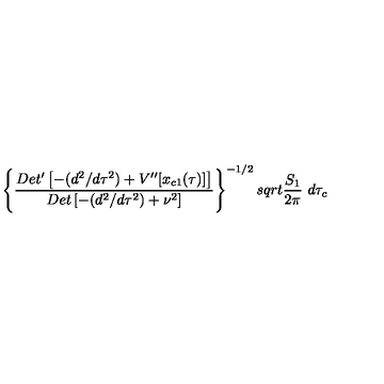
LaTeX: \left\{ { \frac { D e t ^ { \prime } \left[ - ( d ^ { 2 } / d \tau ^ { 2 } ) + V ^ { \prime \prime } [ x _ { c 1 } ( \tau ) ] \right] } { D e t \left[ - ( d ^ { 2 } / d \tau ^ { 2 } ) + \nu ^ { 2 } \right] } } \right\} ^ { - 1 / 2 } s q r t { { \frac { S _ { 1 } } { 2 \pi } } } \ d \tau _ { c }